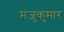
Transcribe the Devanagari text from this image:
मंजुकुमार